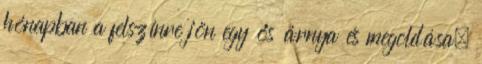
hónapban a felszínre jön egy ős árnya és megoldása.